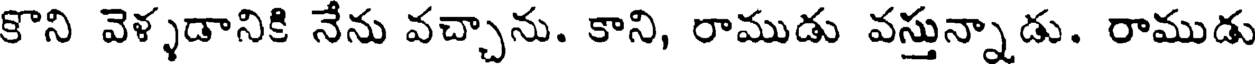
కొని వెళ్ళడానికి నేను వచ్చాను. కాని, రాముడు వస్తున్నాడు. రాముడు